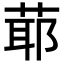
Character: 𦳃